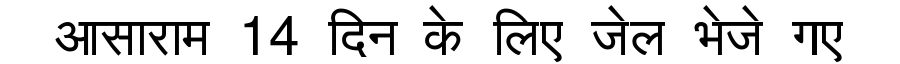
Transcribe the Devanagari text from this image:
आसाराम 14 दिन के लिए जेल भेजे गए